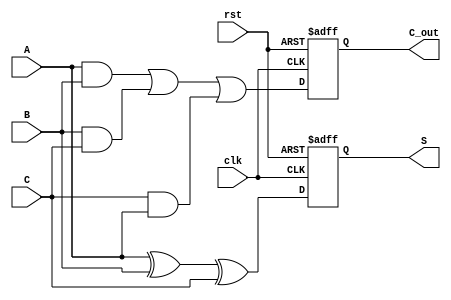
module DynamicCarrySaveAdder(
    input wire clk,        // Clock signal
    input wire rst,        // Reset signal
    input wire A,         // Input A
    input wire B,         // Input B
    input wire C,         // Input C
    output reg S,         // Sum output
    output reg C_out      // Carry output
);

    reg S_precharge;
    reg C_precharge;

    // Precharging phase
    always @(posedge clk or posedge rst) begin
        if (rst) begin
            S_precharge <= 1'b1; // Precharge S to high
            C_precharge <= 1'b1; // Precharge C to high
        end else begin
            S_precharge <= 1'b1;
            C_precharge <= 1'b1;
        end
    end

    // Evaluation phase
    always @(posedge clk or posedge rst) begin
        if (rst) begin
            S <= 1'b0;          // Reset sum output
            C_out <= 1'b0;     // Reset carry output
        end else begin
            // Evaluate the outputs based on the inputs
            S <= A ^ B ^ C;     // Sum as XOR of all inputs
            C_out <= (A & B) | (B & C) | (C & A); // Carry as OR of all pairwise ANDs
        end
    end

endmodule